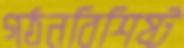
গঠনবিশিষ্ট